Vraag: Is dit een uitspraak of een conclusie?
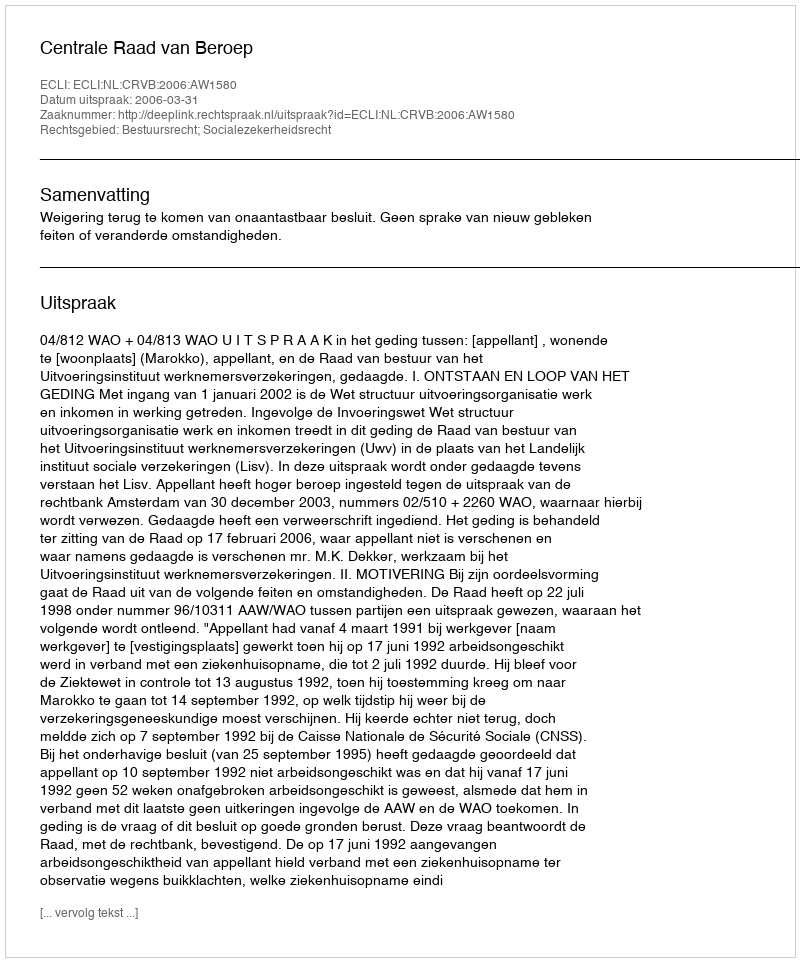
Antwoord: Uitspraak